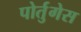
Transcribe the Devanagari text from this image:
पोर्तुगेस